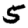
Digit: 5